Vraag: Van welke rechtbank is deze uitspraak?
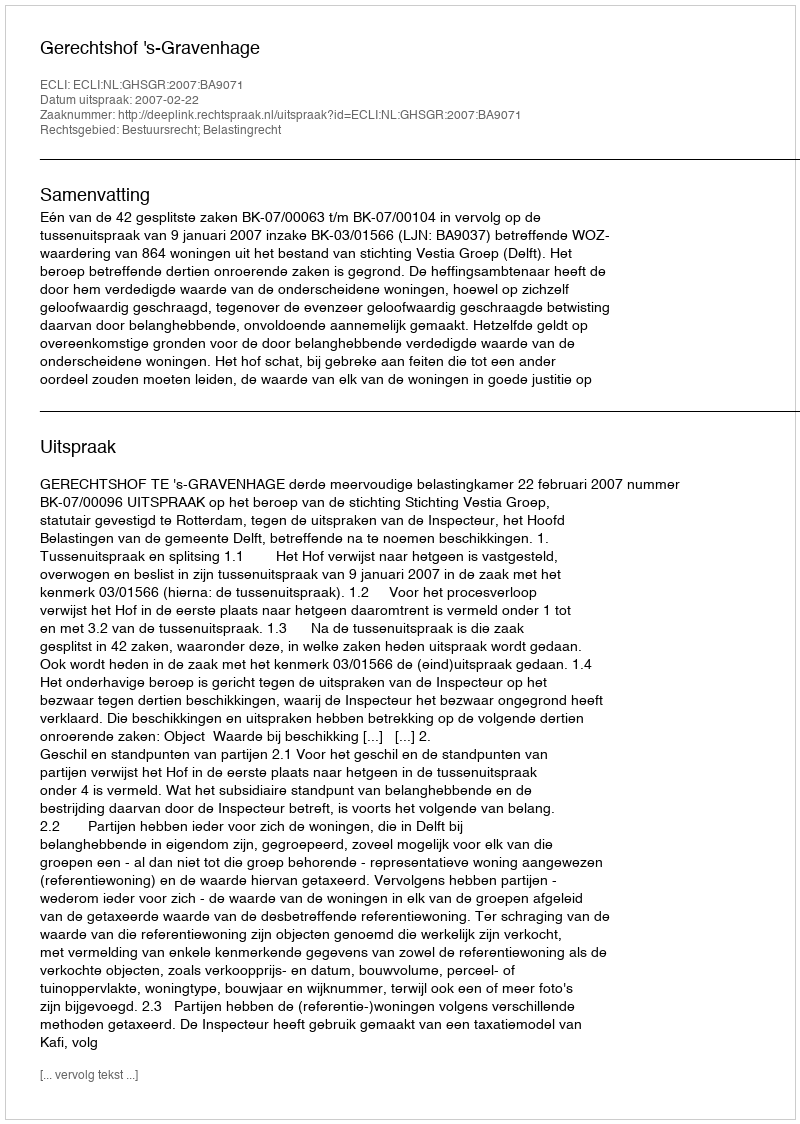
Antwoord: Gerechtshof 's-Gravenhage